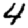
Digit: 4